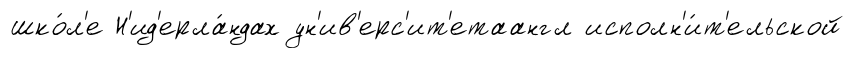
шко́л'е Н'ид'ерла́ндах ун'ив'ерс'ит'етаангл исполн'и́т'ельской